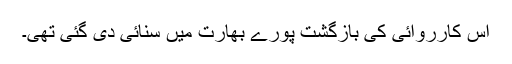
اس کارروائی کی بازگشت پورے بھارت میں سنائی دی گئی تھی۔